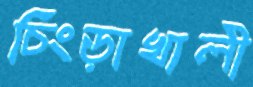
চিংড়াখালী